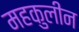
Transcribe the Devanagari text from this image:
महकुलीन